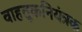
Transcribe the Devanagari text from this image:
वाहतूकनियंत्रक